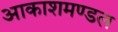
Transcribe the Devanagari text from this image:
आकाशमण्डल